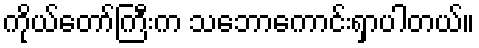
ကိုယ်တော်ကြီးက သဘောကောင်းရှာပါတယ်။